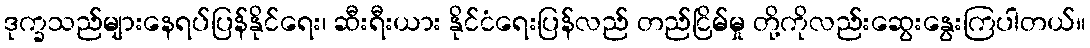
ဒုက္ခသည်များနေရပ်ပြန်နိုင်ရေး၊ ဆီးရီးယား နိုင်ငံရေးပြန်လည် တည်ငြိမ်မှု တို့ကိုလည်းဆွေးနွေးကြပါတယ်။